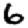
Digit: 6